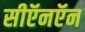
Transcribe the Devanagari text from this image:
सीऍनऍन